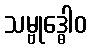
သမ္ဗုဒ္ဓေါဝ